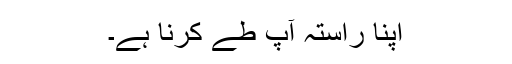
اپنا راستہ آپ طے کرنا ہے۔